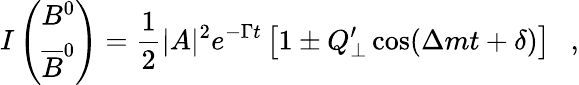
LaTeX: I\left(\begin{array}{c}{{B^{0}}}\\ {{\overline{{{B}}}^{0}}}\end{array}\right)=\frac{1}{2}|A|^{2}e^{-\Gamma t}\left[1\pm Q_{\perp}^{\prime}\cos(\Delta mt+\delta)\right]~~~,